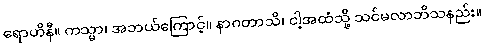
ရောဟိနီ။ ကသ္မာ၊ အဘယ်ကြောင့်။ နာဂတာသိ၊ ငါ့အထံသို့ သင်မလာဘိသနည်း။